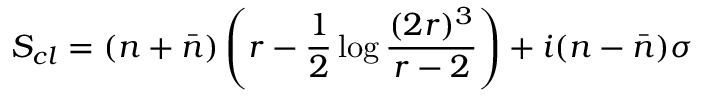
S _ { c l } = ( n + \bar { n } ) \left( r - \frac 1 2 \log \frac { ( 2 r ) ^ { 3 } } { r - 2 } \right) + i ( n - \bar { n } ) \sigma